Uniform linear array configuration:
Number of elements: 12
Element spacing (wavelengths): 0.25
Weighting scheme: exponential
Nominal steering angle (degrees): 15
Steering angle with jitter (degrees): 15.379
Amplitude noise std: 0.05
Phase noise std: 0.05

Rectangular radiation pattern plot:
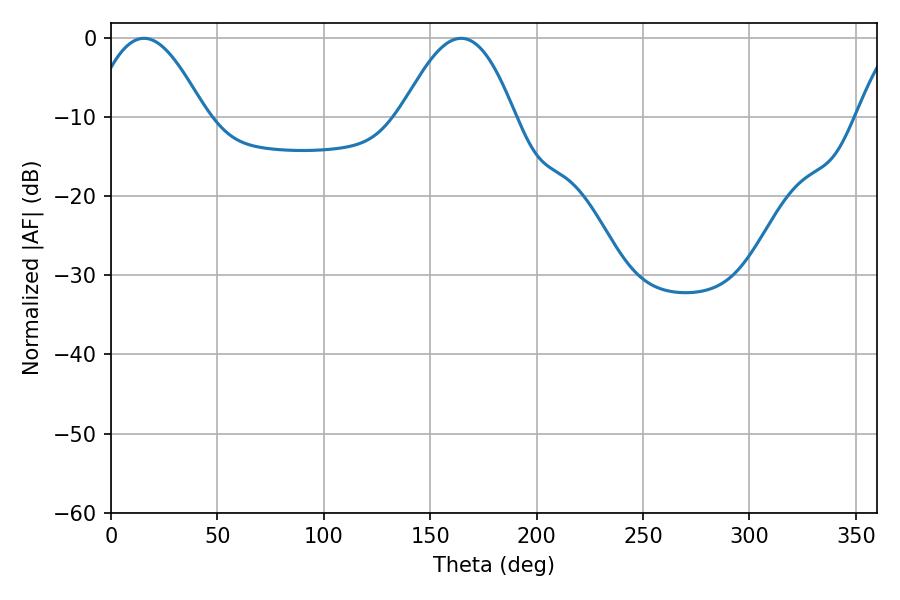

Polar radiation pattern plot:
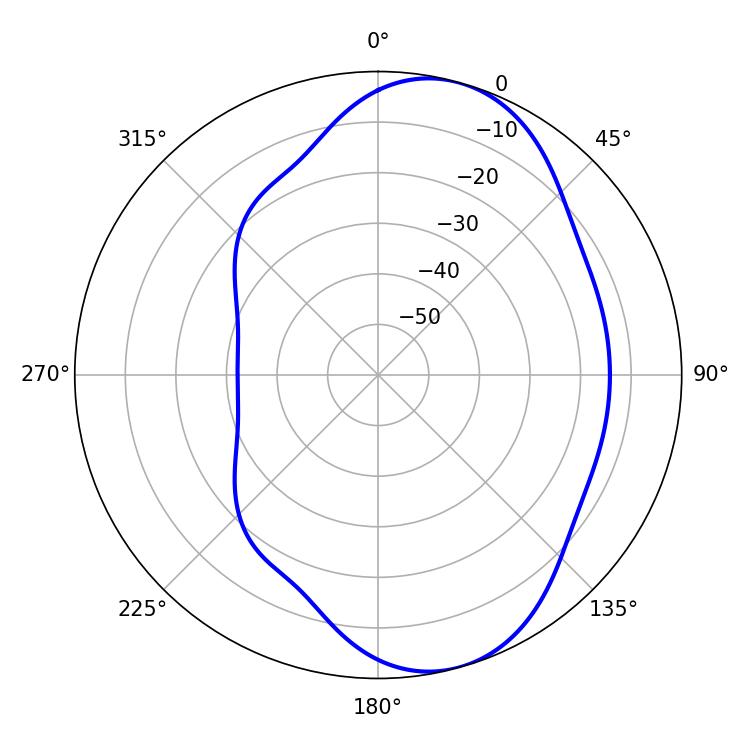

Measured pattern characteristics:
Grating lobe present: FALSE
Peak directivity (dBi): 7.48
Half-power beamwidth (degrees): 28.98
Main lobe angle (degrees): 15.48